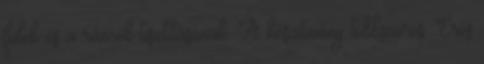
fülek és a ráncok tisztításának. A készítmény többszörös. Erős